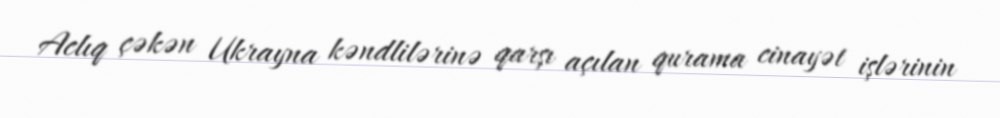
Aclıq çəkən Ukrayna kəndlilərinə qarşı açılan qurama cinayət işlərinin